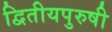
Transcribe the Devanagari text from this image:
द्वितीयपुरुषी